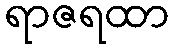
ရာဇရထာ